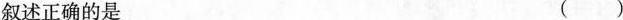
叙述正确的是 ()